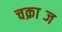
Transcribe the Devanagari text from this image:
चक्राब्ज